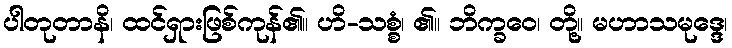
ပါတုတာနိ၊ ထင်ရှားဖြစ်ကုန်၏။ ဟိ-သစ္စံ၊ ၏။ ဘိက္ခဝေ၊ တို့။ မဟာသမုဒ္ဒေ၊